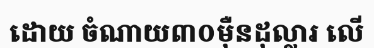
ដោយ ចំណាយ៣០ម៉ឺនដុល្លារ លើ